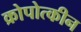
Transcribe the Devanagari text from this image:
क्रोपोत्कीन